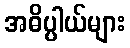
အဓိပ္ပါယ်များ